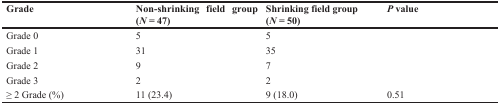
| Grade | Non-shrinking field group(N = 47) | Shrinking field group(N = 50) | P value |
 | --- | --- | --- | --- |
 | Grade 0 | 5 | 5 |  |
 | Grade 1 | 31 | 35 |  |
 | Grade 2 | 9 | 7 |  |
 | Grade 3 | 2 | 2 |  |
 | ≥ 2 Grade (%) | 11 (23.4) | 9 (18.0) | 0.51 |